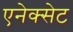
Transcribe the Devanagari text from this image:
एनेक्सेट